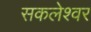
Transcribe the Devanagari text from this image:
सकलेश्वर